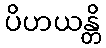
ပိဟယန္တိ